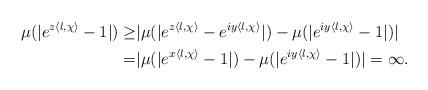
LaTeX: \begin{align*}\mu(|e^{z\langle l,\chi\rangle}-1|)\geq & |\mu(|e^{z\langle l,\chi\rangle}-e^{iy\langle l,\chi\rangle}|)-\mu(|e^{iy\langle l,\chi\rangle}-1|)|\\=&|\mu(|e^{x\langle l,\chi\rangle}-1|)-\mu(|e^{iy\langle l,\chi\rangle}-1|)|=\infty.\end{align*}